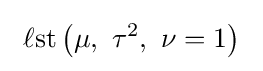
\ \operatorname {\ell st} \left(\mu ,\ \tau ^{2},\ \nu =1\right)\